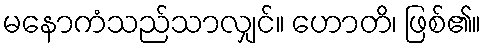
မနောကံသည်သာလျှင်။ ဟောတိ၊ ဖြစ်၏။